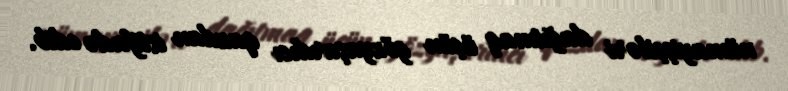
nümayişçiləri dağıtmaq üçün gözyaşardıcı qazdan istifadə edib.